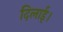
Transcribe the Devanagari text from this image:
दिलाईं।